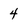
Character: 4